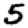
Digit: 5